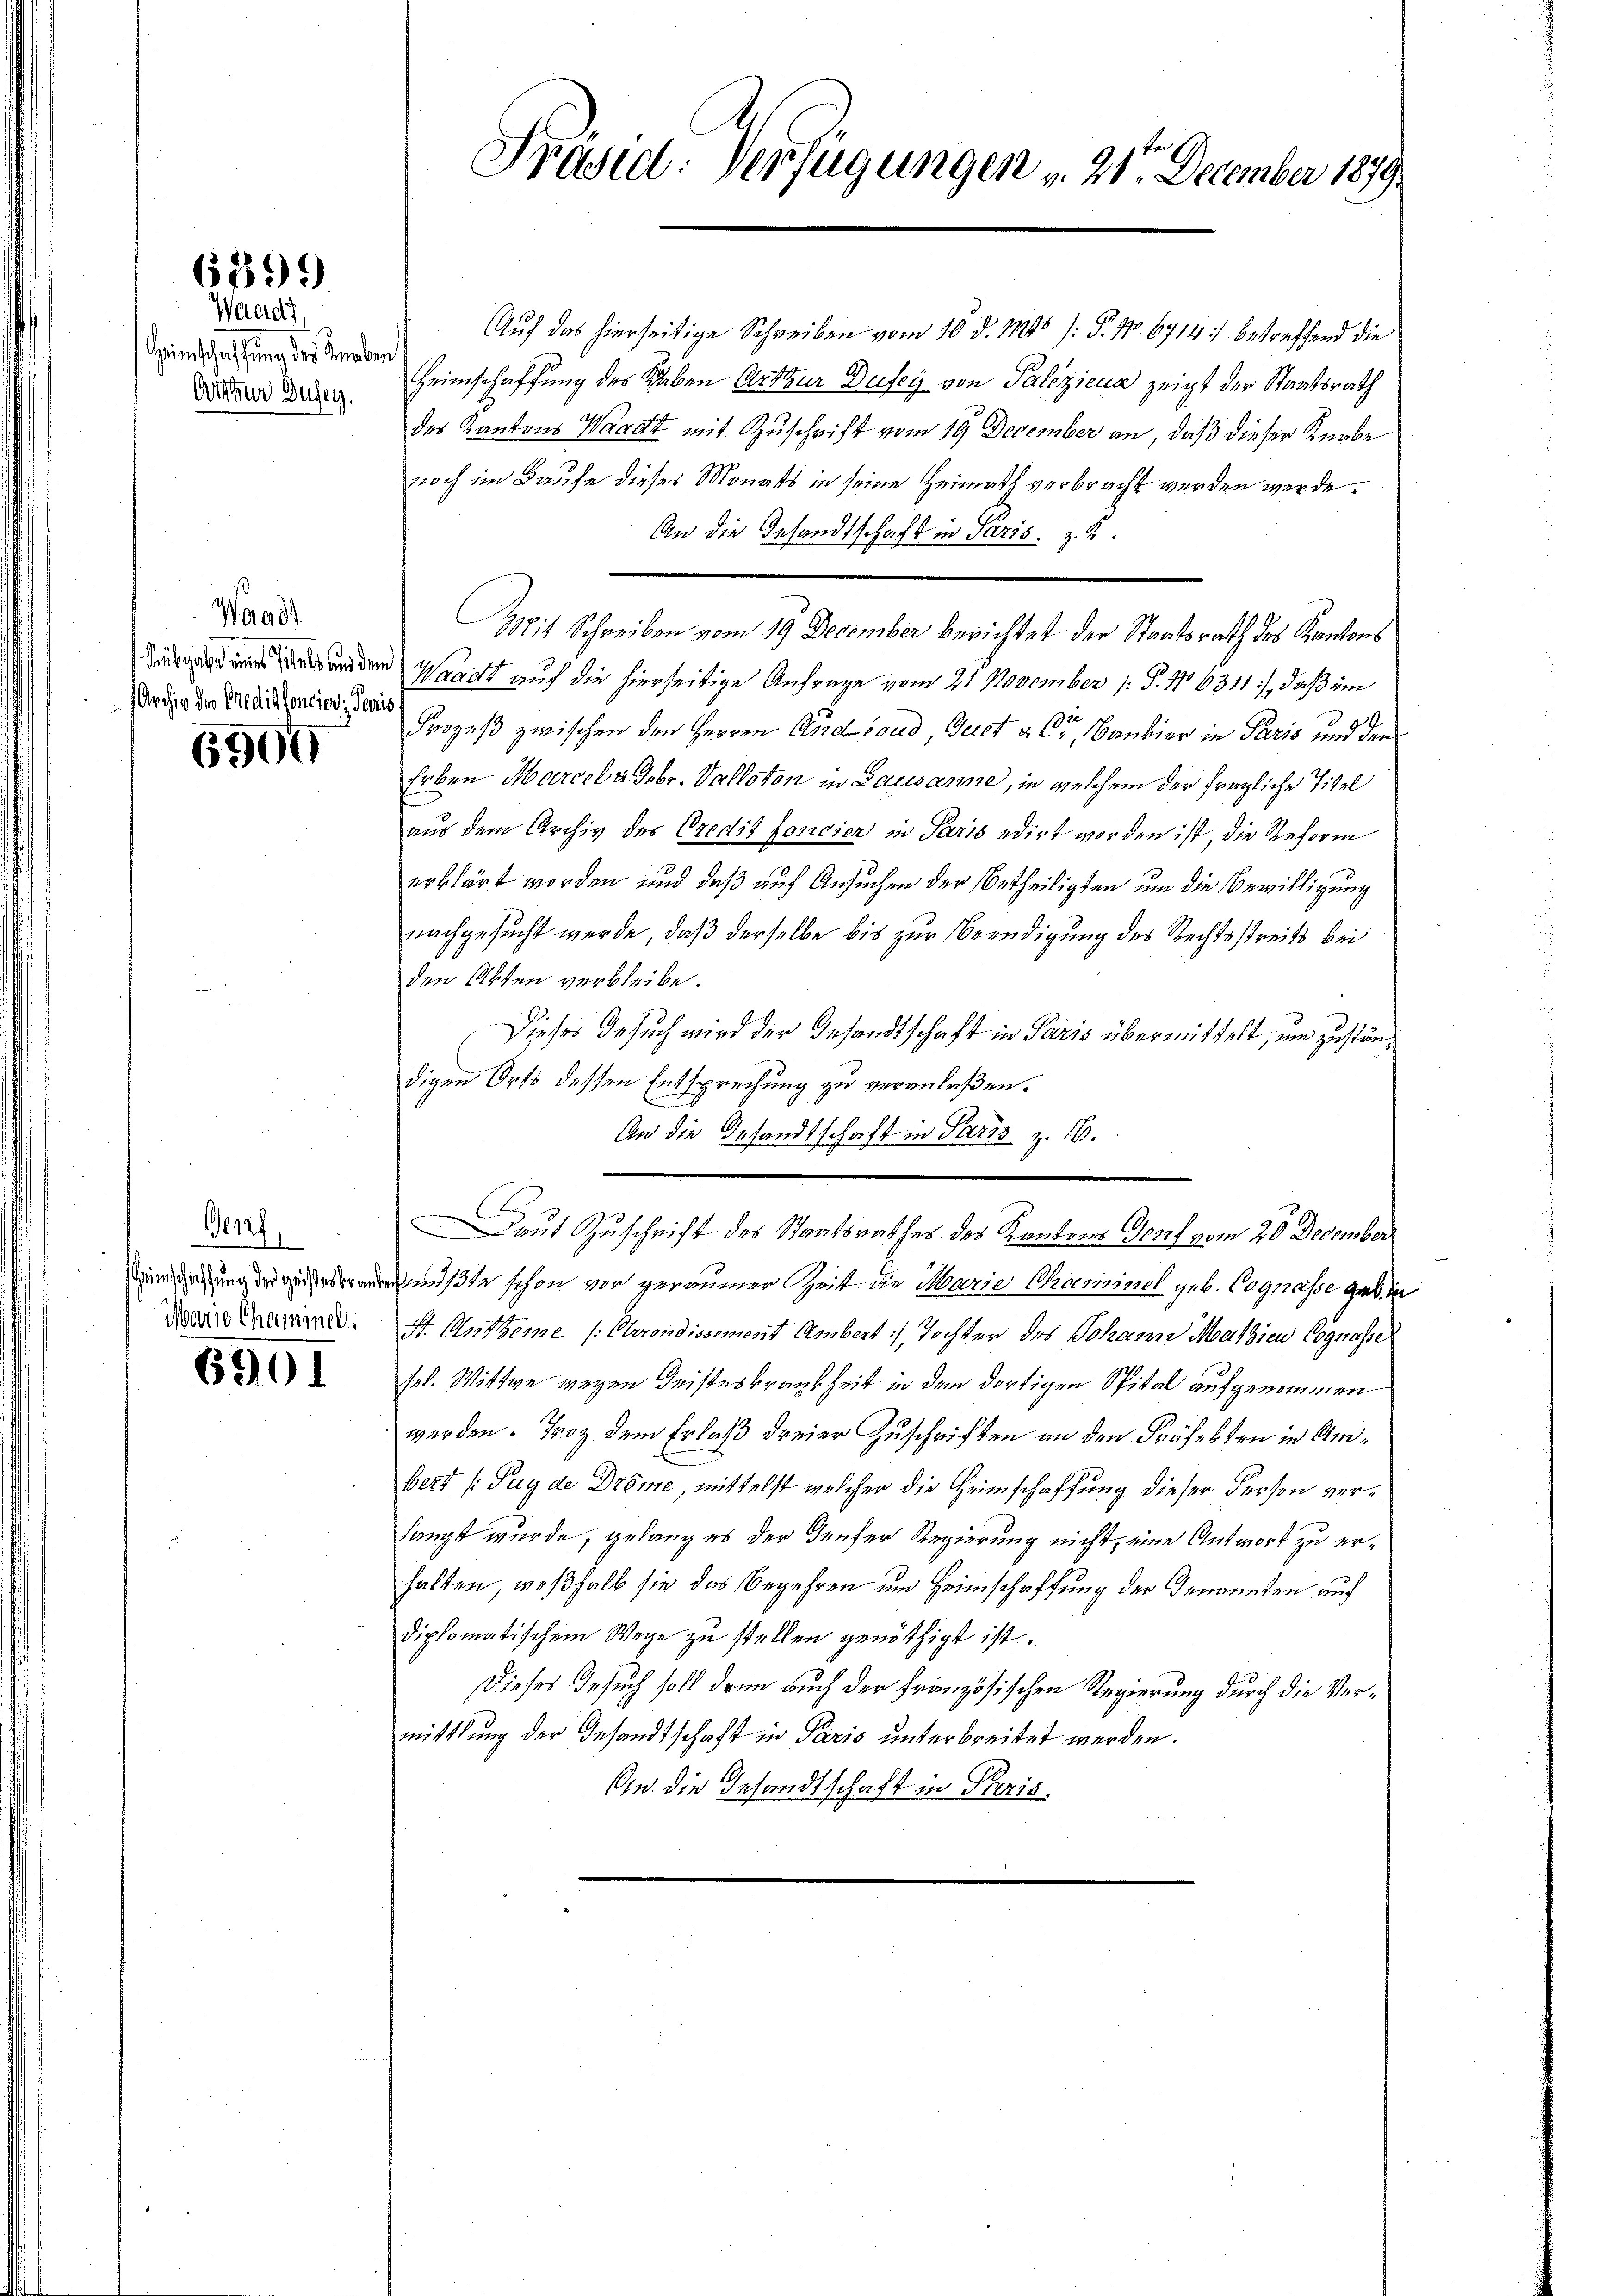
6399

Waadt,
Heinschaffung des Knaben
Arthur Gusey.

Waadt
Archiv des Credit foncien Paris

6509

Genf,
Heimschaffung der geister Brand
Marie Chaminel.

690.

Präsid. Verfügungen v. 21. December 1879.

Auf das hierseitige Schreiben vom 10. d. 11845 /: P. No. 6714) betreffend die
Heimschaffung des Schaben Art zur Dufey von Paliziena zeigt der Staatsrath
des Kantons Waadt mit Zuschrift vom 19 December an, daß dieser Knabe
noch im Kaufe dieses Monats in seine Heimath verbracht werden werde.
An die Gesandtschaft in Paris. z. B.
Mit Schreiben vom 19. December berichtet der Staatsrath des Kantons
 Waadt auf die hierseitige Anfrage vom 21. November 1 S. 11. 6311), daß ein
120
.
Prozeß zwischen den Herren Androud, Geist als Bankier in Paris und den
Erben Marcel u. Febr. Valloton in Lausanne, in welchem der fragliche Titel
aus dem Archiv des Credit foncier in Paris edirt worden ist, die Reform
erklärt worden und daß auf Ansuchen der Urtheiligten um die Bewilligung
nachgesucht werde, daß derselbe bis zur Beendigung des Rechtsstreits bei
den Akten verbleibe.
Dieses Gesuch wird der Gesandtschaft in Paris übermittelt, um zuständigen Orts dessen Entsprechung zu veranlaßen.
An die Gesandtschaft in Paris z. 16.
Daut Zuschrift des Staatsrathes des Kantons Dorf vom 20 December
ußte schon vor geraumer Zeit die Marie Chaminel geb. Cognasse gedin
St. Mutterne /: Oberondissement Ambert Tochter des Johann Mathien Cognasse
sel. Wittwe wegen Geisteskrankheit in dem dortigen Spital aufgenommen
werden. Froz dem Erlaß dreier Zuschriften an den Präfekten in Ambezt (Puy de Drême, mittelst welcher die Heimschaffung dieser Person verlangt wurde, gelang es der Teufer Regierung nicht, eine Antwort zu erhalten, weßhalb sie das Begehren um Heimschaffung der Genannten auf
diplomatischem Wege zu stellen genöthigt ist.
Dieses Gesuch soll drin auch der Französischen Regierung durch die Vermittlung der Gesandtschaft in Paris unterbreitet werden.
Ow. die Gesandtschaft in Paris.